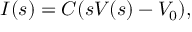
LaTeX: I = \int _ { \Omega } f ( { \overline { { \mathbf { x } } } } ) \, d { \overline { { \mathbf { x } } } }